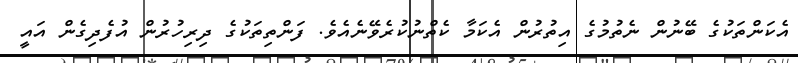
އެކަންތަކުގެ ބޭނުން ނެތުމުގެ އިތުރުން އެކަމާ ކެތްނުކުރެވޭނެއެވެ. ފަންތިތަކުގެ ދިރިހުރުން އުފެދިގެން އައީ